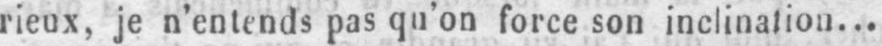
rieux, je n’entends pas qu’on force son inclination...